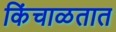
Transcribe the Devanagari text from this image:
किंचाळतात